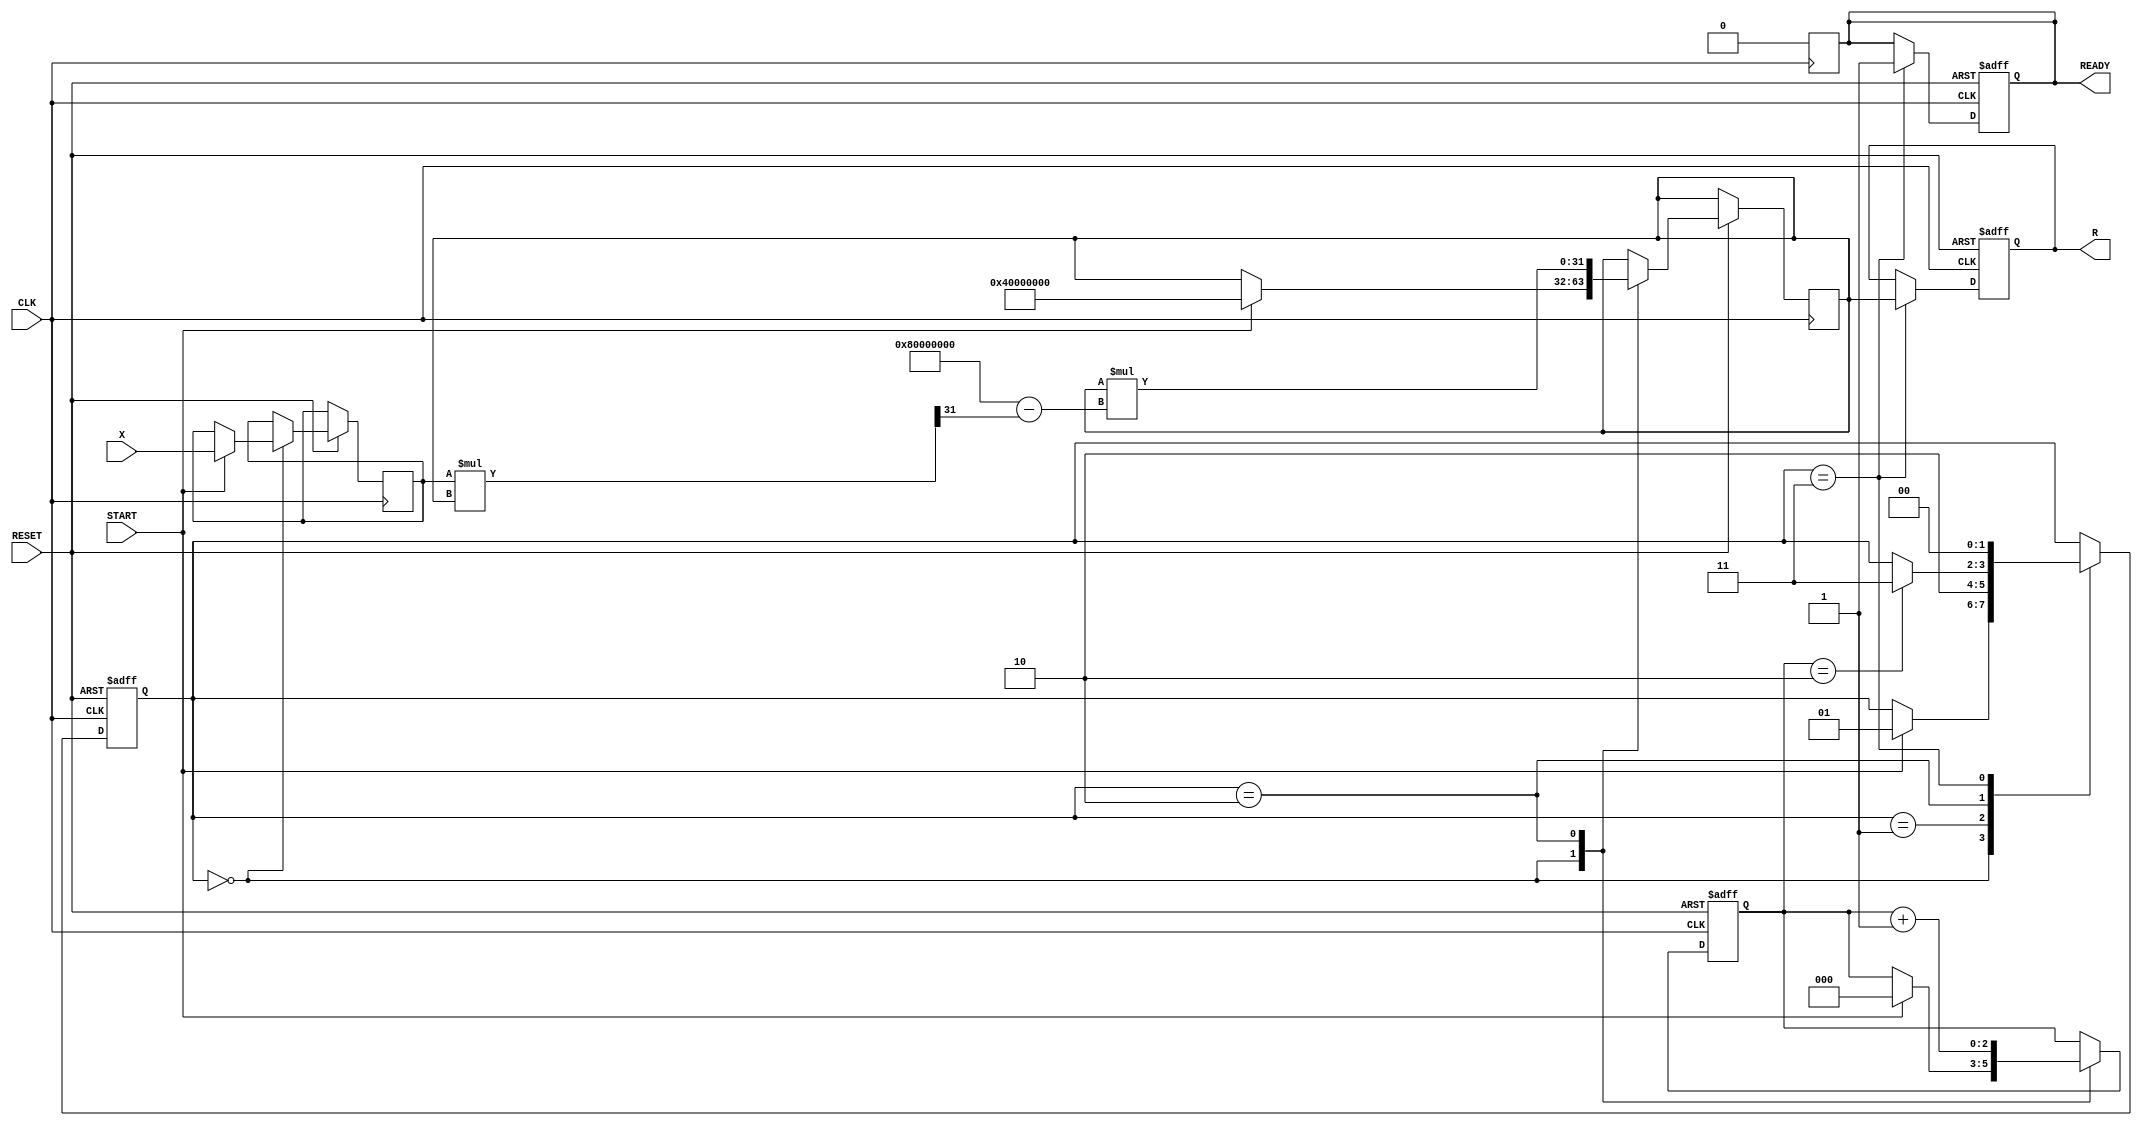
module NewtonRaphsonReciprocal (
    input  wire [31:0] X,          // Input data
    input  wire START,              // Start signal
    input  wire CLK,                // Clock signal
    input  wire RESET,              // Reset signal
    output reg  [31:0] R,           // Reciprocal result
    output reg  READY               // Ready signal
);

    // Internal registers
    reg [31:0] X_reg;               // Register for input data
    reg [31:0] R_reg;               // Register for reciprocal approximation
    reg [2:0] iteration_count;      // Counter for iterations
    reg [1:0] state;                // State machine
    localparam IDLE = 2'b00,        // State definitions
               INIT = 2'b01,
               ITERATE = 2'b10,
               DONE = 2'b11;

    // Number of iterations for convergence
    localparam MAX_ITERATIONS = 3;  // Adjust as necessary for desired precision

    // State machine for control
    always @(posedge CLK or negedge RESET) begin
        if (!RESET) begin
            state <= IDLE;
            R <= 32'b0;
            READY <= 1'b0;
            iteration_count <= 3'b0;
        end else begin
            case (state)
                IDLE: begin
                    if (START) begin
                        X_reg <= X;  // Capture input
                        R_reg <= 32'h40000000; // Initial guess: 1.0 (represented in fixed-point)
                        iteration_count <= 3'b0;
                        state <= INIT;
                    end
                end

                INIT: begin
                    // Move to iterate state
                    state <= ITERATE;
                end

                ITERATE: begin
                    // Iterate for Newton-Raphson method
                    R_reg <= R_reg * (32'h80000000 - (X_reg * R_reg >> 31)); // Update R using the formula
                    iteration_count <= iteration_count + 1;

                    if (iteration_count == MAX_ITERATIONS - 1) begin
                        state <= DONE; // Transition to done state after max iterations
                    end
                end

                DONE: begin
                    R <= R_reg;    // Assign final result
                    READY <= 1'b1; // Signal that result is ready
                    state <= IDLE; // Go back to IDLE state
                end
            endcase
        end
    end

    // Reset READY signal after reading output
    always @(posedge CLK) begin
        if (READY) begin
            READY <= 1'b0; // Reset READY signal for next operation
        end
    end

endmodule